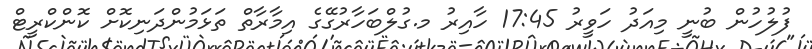
ފުލުހުން ބުނީ މިއަދު ހަވީރު 17:45 ހާއިރު މ.ގުލްބަހާރުގޭގެ އިމާރާތް ތަޅަމުންދަނިކޮށް ކޮންކްރީޓް